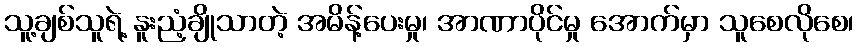
သူ့ချစ်သူရဲ့ နူးညံ့ချိုသာတဲ့ အမိန့်ပေးမှု၊ အာဏာပိုင်မှု အောက်မှာ သူစေလိုစေ၊